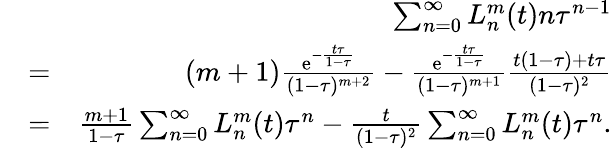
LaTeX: \begin{array}{rlr}&{}&{\sum_{n=0}^{\infty}L_{n}^{m}(t)n\tau^{n-1}}\\ &{=}&{(m+1)\frac{\mathrm{e}^{-\frac{t\tau}{1-\tau}}}{(1-\tau)^{m+2}}-\frac{\mathrm{e}^{-\frac{t\tau}{1-\tau}}}{(1-\tau)^{m+1}}\frac{t(1-\tau)+t\tau}{(1-\tau)^{2}}}\\ &{=}&{\frac{m+1}{1-\tau}\sum_{n=0}^{\infty}L_{n}^{m}(t)\tau^{n}-\frac{t}{(1-\tau)^{2}}\sum_{n=0}^{\infty}L_{n}^{m}(t)\tau^{n}.}\end{array}